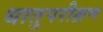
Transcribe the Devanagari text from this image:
धातुपरीक्षण